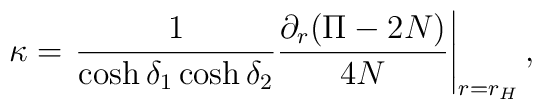
\kappa=\left.{1\over{\cosh\delta_1\cosh\delta_2}}{{\partial_r(\Pi-2N)}\over{4N}}\right|_{r=r_H},